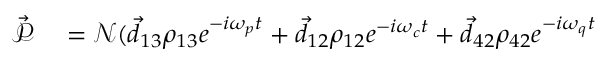
\begin{array} { r l } { \vec { \mathcal P } } & { { } = \mathcal N ( \vec { d } _ { 1 3 } \rho _ { 1 3 } e ^ { - i \omega _ { p } t } + \vec { d } _ { 1 2 } \rho _ { 1 2 } e ^ { - i \omega _ { c } t } + \vec { d } _ { 4 2 } \rho _ { 4 2 } e ^ { - i \omega _ { q } t } } \end{array}